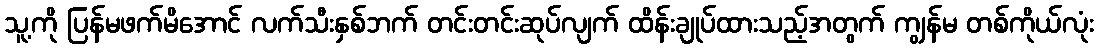
သူ့ကို ပြန်မဖက်မိအောင် လက်သီးနှစ်ဘက် တင်းတင်းဆုပ်လျက် ထိန်းချုပ်ထားသည့်အတွက် ကျွန်မ တစ်ကိုယ်လုံး